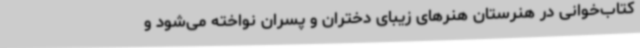
کتاب‌خوانی در هنرستان هنرهای زیبای دختران و پسران نواخته می‌شود و